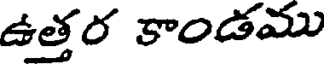
ఉత్తర కాండము